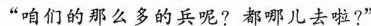
“咱们的那么多的兵呢?都哪儿去啦?“